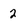
Character: 2